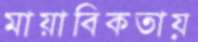
মায়াবিকতায়